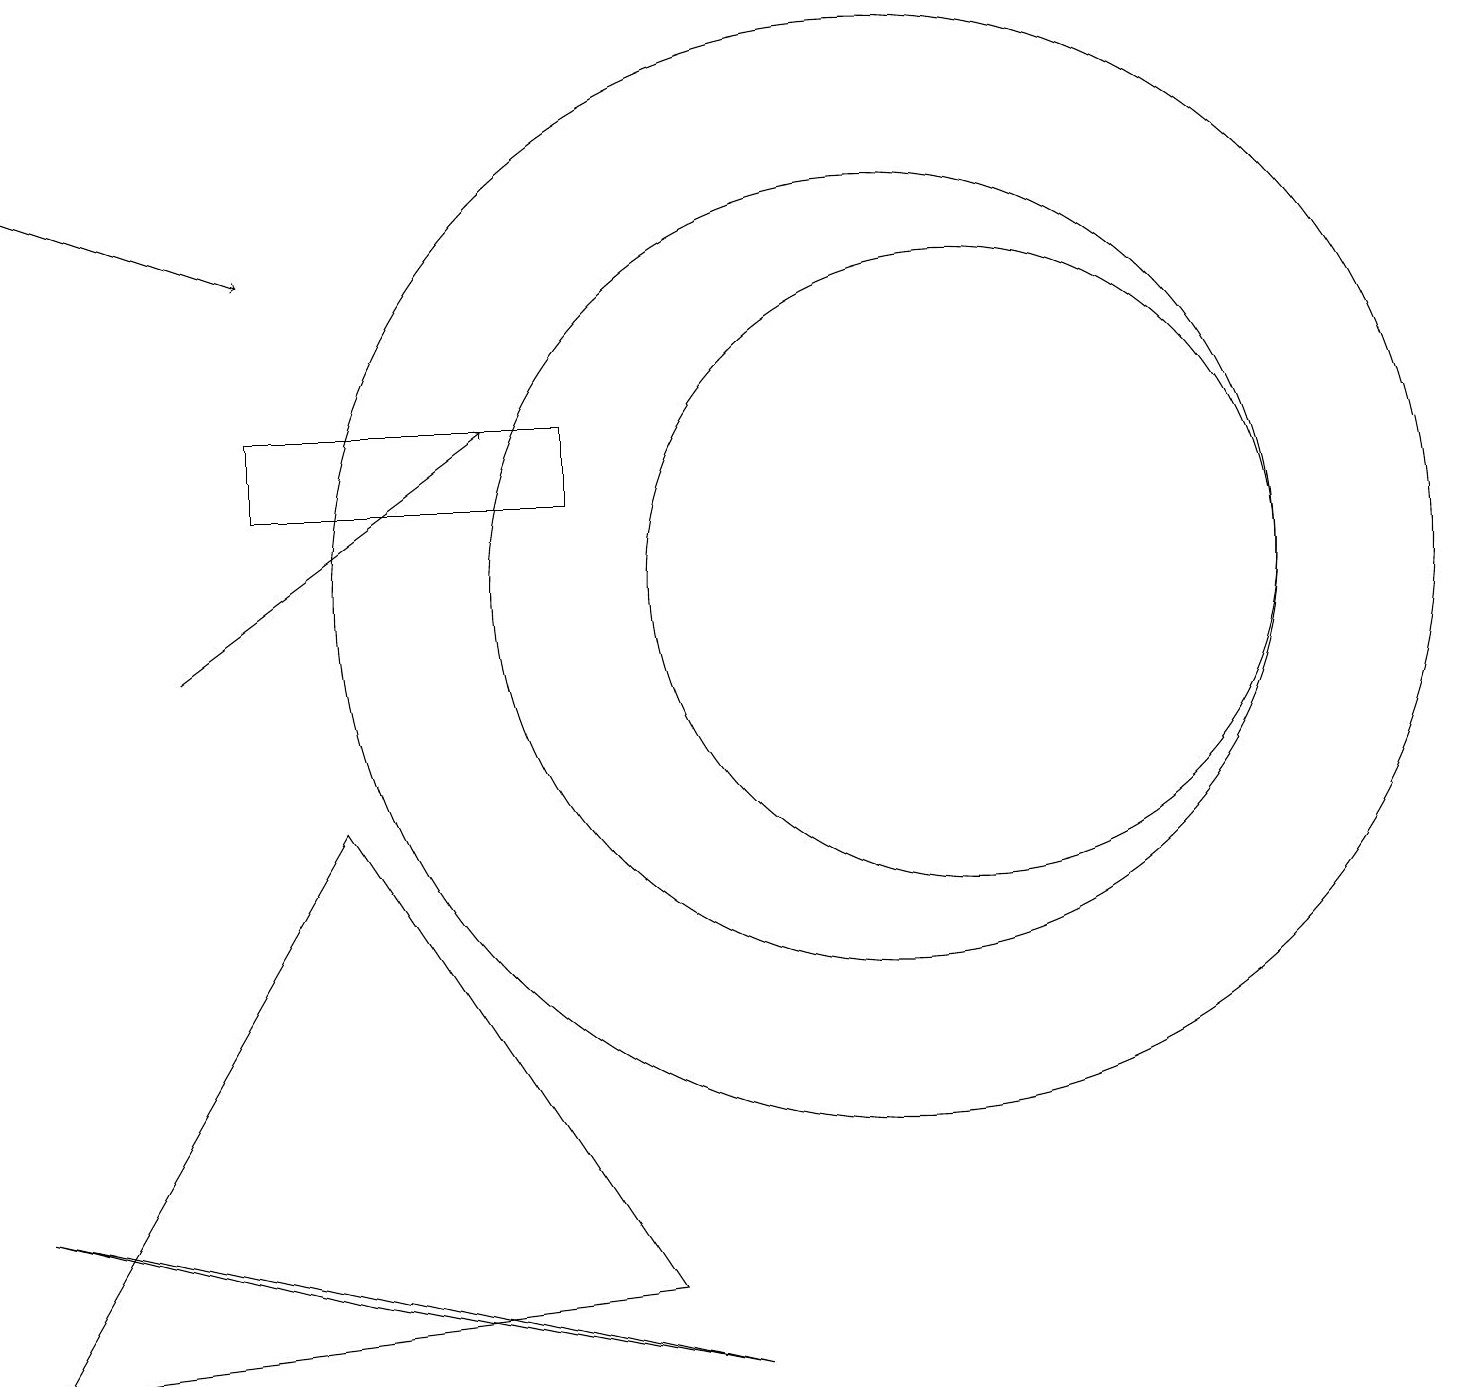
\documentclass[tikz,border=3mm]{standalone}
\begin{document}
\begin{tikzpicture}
\draw[->] (0,16) -- (3,15);
\draw (12,11) circle (4);
\draw[->] (2,10) -- (6,13);
\draw (9,1) -- (0,3) -- (4,2) -- cycle;
\draw (3,13) rectangle (7,12);
\draw (11,11) circle (7);
\draw (4,8) -- (0,1) -- (8,2) -- cycle;
\draw (11,11) circle (5);
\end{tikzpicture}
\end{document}